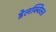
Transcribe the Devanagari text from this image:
डेलक्विस्त